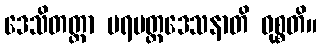
ဒေသိတတ္တာ ပရမတ္ထဒေသနာတိ ဝုစ္စတိ။